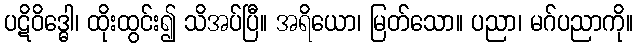
ပဋိဝိဒ္ဓေါ၊ ထိုးထွင်း၍ သိအပ်ပြီ။ အရိယော၊ မြတ်သော။ ပညာ၊ မဂ်ပညာကို။